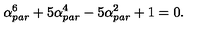
\alpha _ { p a r } ^ { 6 } + 5 \alpha _ { p a r } ^ { 4 } - 5 \alpha _ { p a r } ^ { 2 } + 1 = 0 .